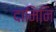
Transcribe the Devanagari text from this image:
दामिनि